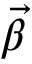
\Vec { \beta }